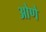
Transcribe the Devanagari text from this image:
ओणे